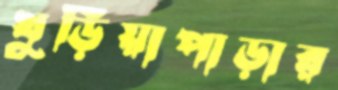
খুড়িয়াপাড়ার